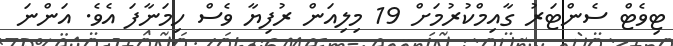
ޓިވެޓް ސެންޓަރު ގާއިމްކުރުމަށް 19 މިލިއަން ރުފިޔާ ވެސް ހިމަނާފަ އެވެ. އަންނަ